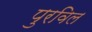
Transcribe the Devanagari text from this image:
पुरविल